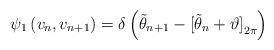
LaTeX: \begin{align*}{\psi _{\rm{1}}}\left( {{v_n},{v_{n + 1}}} \right) = \delta \left( {{{\tilde \theta }_{n + 1}} - {{[{{\tilde \theta }_n} + \vartheta ]}_{2\pi }}} \right)\end{align*}